Report of the Indian Hemp Drugs Commission, 1894-1895 - Volume VII
Year: 1894
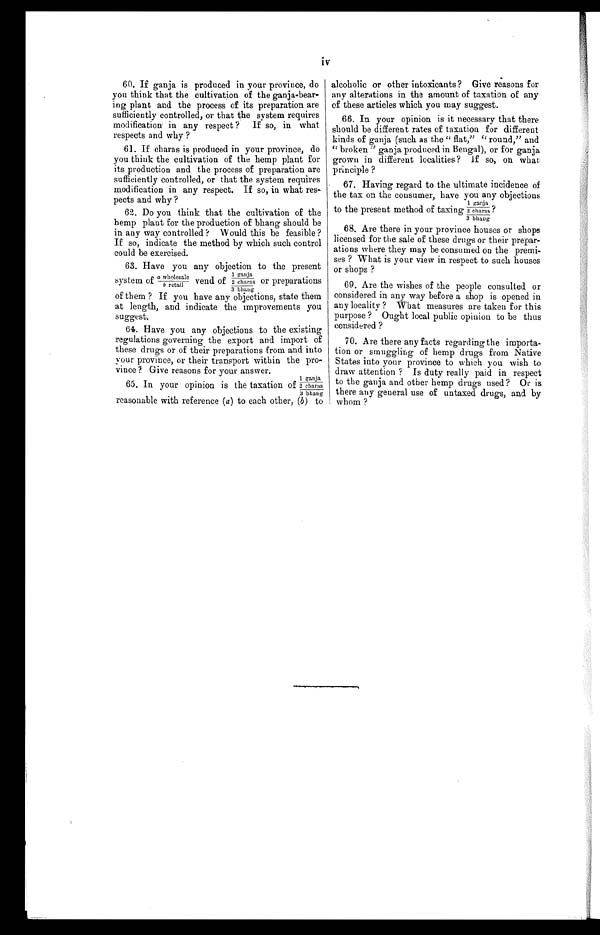
iv
60. If ganja is produced in your province, do
you think that the cultivation of the ganja-bear-
ing plant and the process of its preparation are
sufficiently controlled, or that the system requires
modification in any respect? If so, in what
respects and why?
61. If charas is produced in your province, do
you think the cultivation of the hemp plant for
its production and the process of preparation are
sufficiently controlled, or that the system requires
modification in any respect. If so, in what res
- p e c t s a n d w h y ?
62. Do you think that the cultivation of the
hemp plant for the production of bhang should be
in any way controlled? Would this be feasible?
If so, indicate the method by which such control
could be exercised.
63. Have you any objection to the present
of them? If you have any objections, state them
at length, and indicate the improvements you
suggest.
64. Have you any objections to the existing
regulations governing the export and import of
these drugs or of their preparations from and into
your province, or their transport within the pro-
vince? Give reasons for your answer.
reasonable with reference (a) to each other, (b) to
alcoholic or other intoxicants? Give r e asons for
any alterations in the amount of taxation of any
of these articles which you may suggest.
66. In your opinion is it necessary that there
should be different rates of taxation for different
kinds of ganja (such as the "flat," "round," and
"broken" ganja produced in Bengal), or for ganja
grown in different localities? If so, on what,
principle?
67. Having regard to the ultimate incidence of
the tax on the consumer, have you any objections
1 ganja
to the present method of taxing 2 charas?
3 bhang
68. Are there in your province houses or shops
licensed for the sale of these drugs or their prepar-
ations where they may be consumed on the premi-
ses? What is your view in respect to such houses
or shops?
69. Are the wishes of the people consulted or
considered in any way before a shop is opened in
a n y l o c a l i t y ? W h a t m e a s u r e s a r e t a k e n f o r t h i s
purpose? Ought local public opinion to be thus
considered?
70. Are there any facts regarding the importa-
tion or smuggling of hemp drugs from Native
States into your province to which you wish to
draw attention? Is duty really paid in respect
to the ganja and other hemp drugs used? Or is
there any general use of untaxed drugs, and by
whom ?
a wholesale
1 ganja
system of b retail
vend of
2 c h a r a s or preparations
3 bhang
1 ganja
65. In your opinion is the taxation of 2 charas
3 bhang